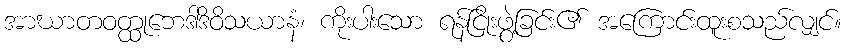
အာဃာတဝတ္ထုဘေဒါဒိဝိသယာနံ၊ ကိုးပါးသော ရန်ငြိုးဖွဲ့ခြင်း၏ အကြောင်းထူးစသည်လျှင်။